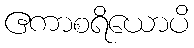
ဧကာစရိယောပိ